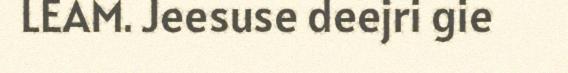
LEAM. Jeesuse deejri gie